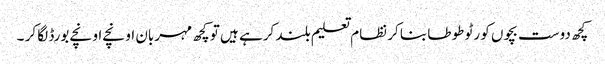
کچھ دوست بچوں کو رٹو طوطا بنا کر نظام تعلیم بلند کرہے ہیں تو کچھ مہربان اونچے اونچے بورڈ لگا کر ۔